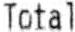
TOTAL